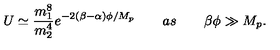
U \simeq \frac { m _ { 1 } ^ { 8 } } { m _ { 2 } ^ { 4 } } e ^ { - 2 ( \beta - \alpha ) \phi / M _ { p } } \qquad a s \qquad \beta \phi \gg M _ { p } .